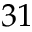
3 1